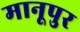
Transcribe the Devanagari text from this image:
मानूपुर